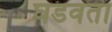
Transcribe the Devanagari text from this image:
घडवता